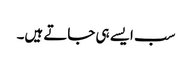
سب ایسے ہی جاتے ہیں۔